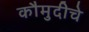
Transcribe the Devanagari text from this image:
कौमुदीचे